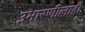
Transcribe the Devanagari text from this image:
उभारणीलाही